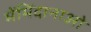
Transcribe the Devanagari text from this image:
मेंमिंदानाओ